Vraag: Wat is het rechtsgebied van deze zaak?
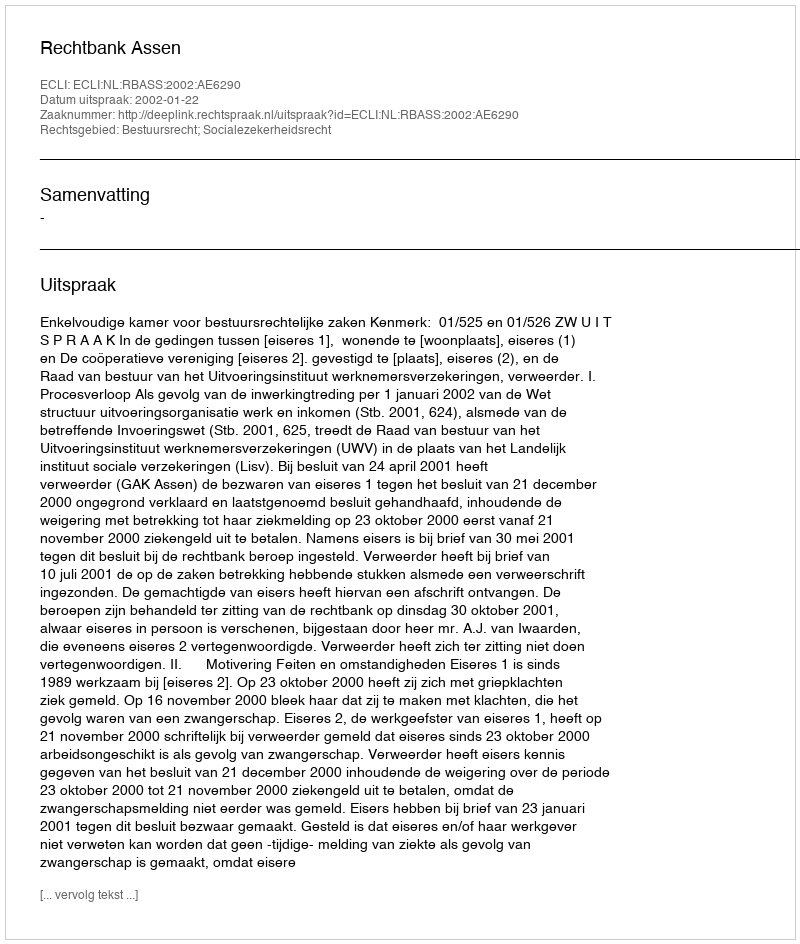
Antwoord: Bestuursrecht; Socialezekerheidsrecht